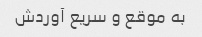
به موقع و سریع آوردش